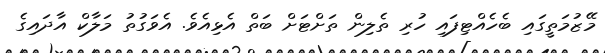
މޭޒުމަތީގައި ބެހެއްޓިފައި ހުރި ތެލިން ތަށްޓަށް ބަތް އެޅިއެވެ. އެވަގުތު މަލާކް އާދައިގެ